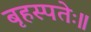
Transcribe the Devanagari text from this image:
बृहस्पतेः॥